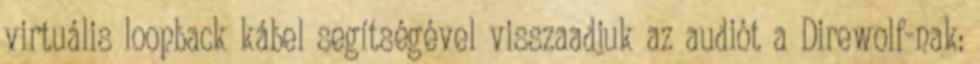
virtuális loopback kábel segítségével visszaadjuk az audiót a Direwolf-nak: